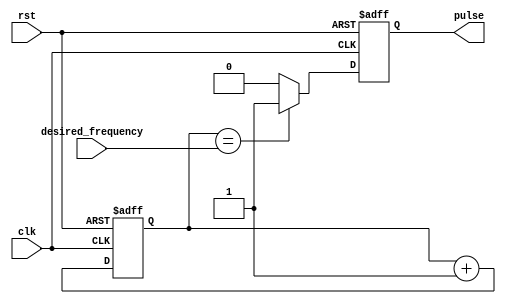
module PulseGenerator(
    input clk,
    input rst,
    input [31:0] desired_frequency,
    output reg pulse
);

reg [31:0] counter;
wire generate_pulse;

assign generate_pulse = (counter == desired_frequency);

always @(posedge clk or posedge rst) begin
    if (rst) begin
        counter <= 0;
        pulse <= 0;
    end else begin
        counter <= counter + 1;
        if (generate_pulse) begin
            pulse <= 1;
        end else begin
            pulse <= 0;
        end
    end
end

endmodule